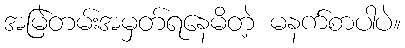
အမြဲတမ်းအမှတ်ရနေမိတဲ့ မနက်စာပါပဲ။